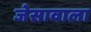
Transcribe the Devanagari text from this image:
जेसावाला